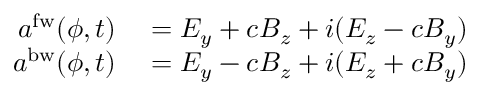
\begin{array} { r l } { a ^ { \mathrm { f w } } ( \phi , t ) } & { { } = E _ { y } + c B _ { z } + i ( E _ { z } - c B _ { y } ) } \\ { a ^ { \mathrm { b w } } ( \phi , t ) } & { { } = E _ { y } - c B _ { z } + i ( E _ { z } + c B _ { y } ) } \end{array}